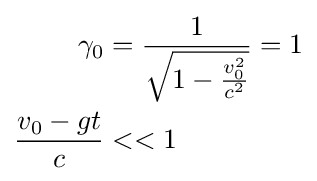
{\begin{aligned}\gamma _{0}&={\frac {1}{\sqrt {1-{\frac {v_{0}^{2}}{c^{2}}}}}}=1\\{\frac {v_{0}-gt}{c}}&<<1\\\end{aligned}}